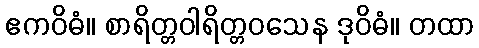
ဧကဝိဓံ။ စာရိတ္တဝါရိတ္တဝသေန ဒုဝိဓံ။ တထာ